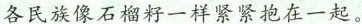
各民族像石榴籽一样紧紧抱在一起。